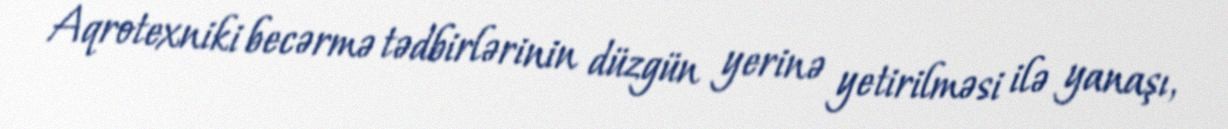
Aqrotexniki becərmə tədbirlərinin düzgün yerinə yetirilməsi ilə yanaşı,